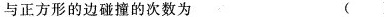
与正方形的边碰撞的次数为 ()